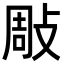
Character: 𢽧